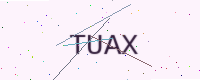
Text: TUAX